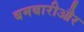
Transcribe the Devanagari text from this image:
बमबारीऔर